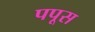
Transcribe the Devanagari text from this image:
पपूस